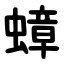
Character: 蟑